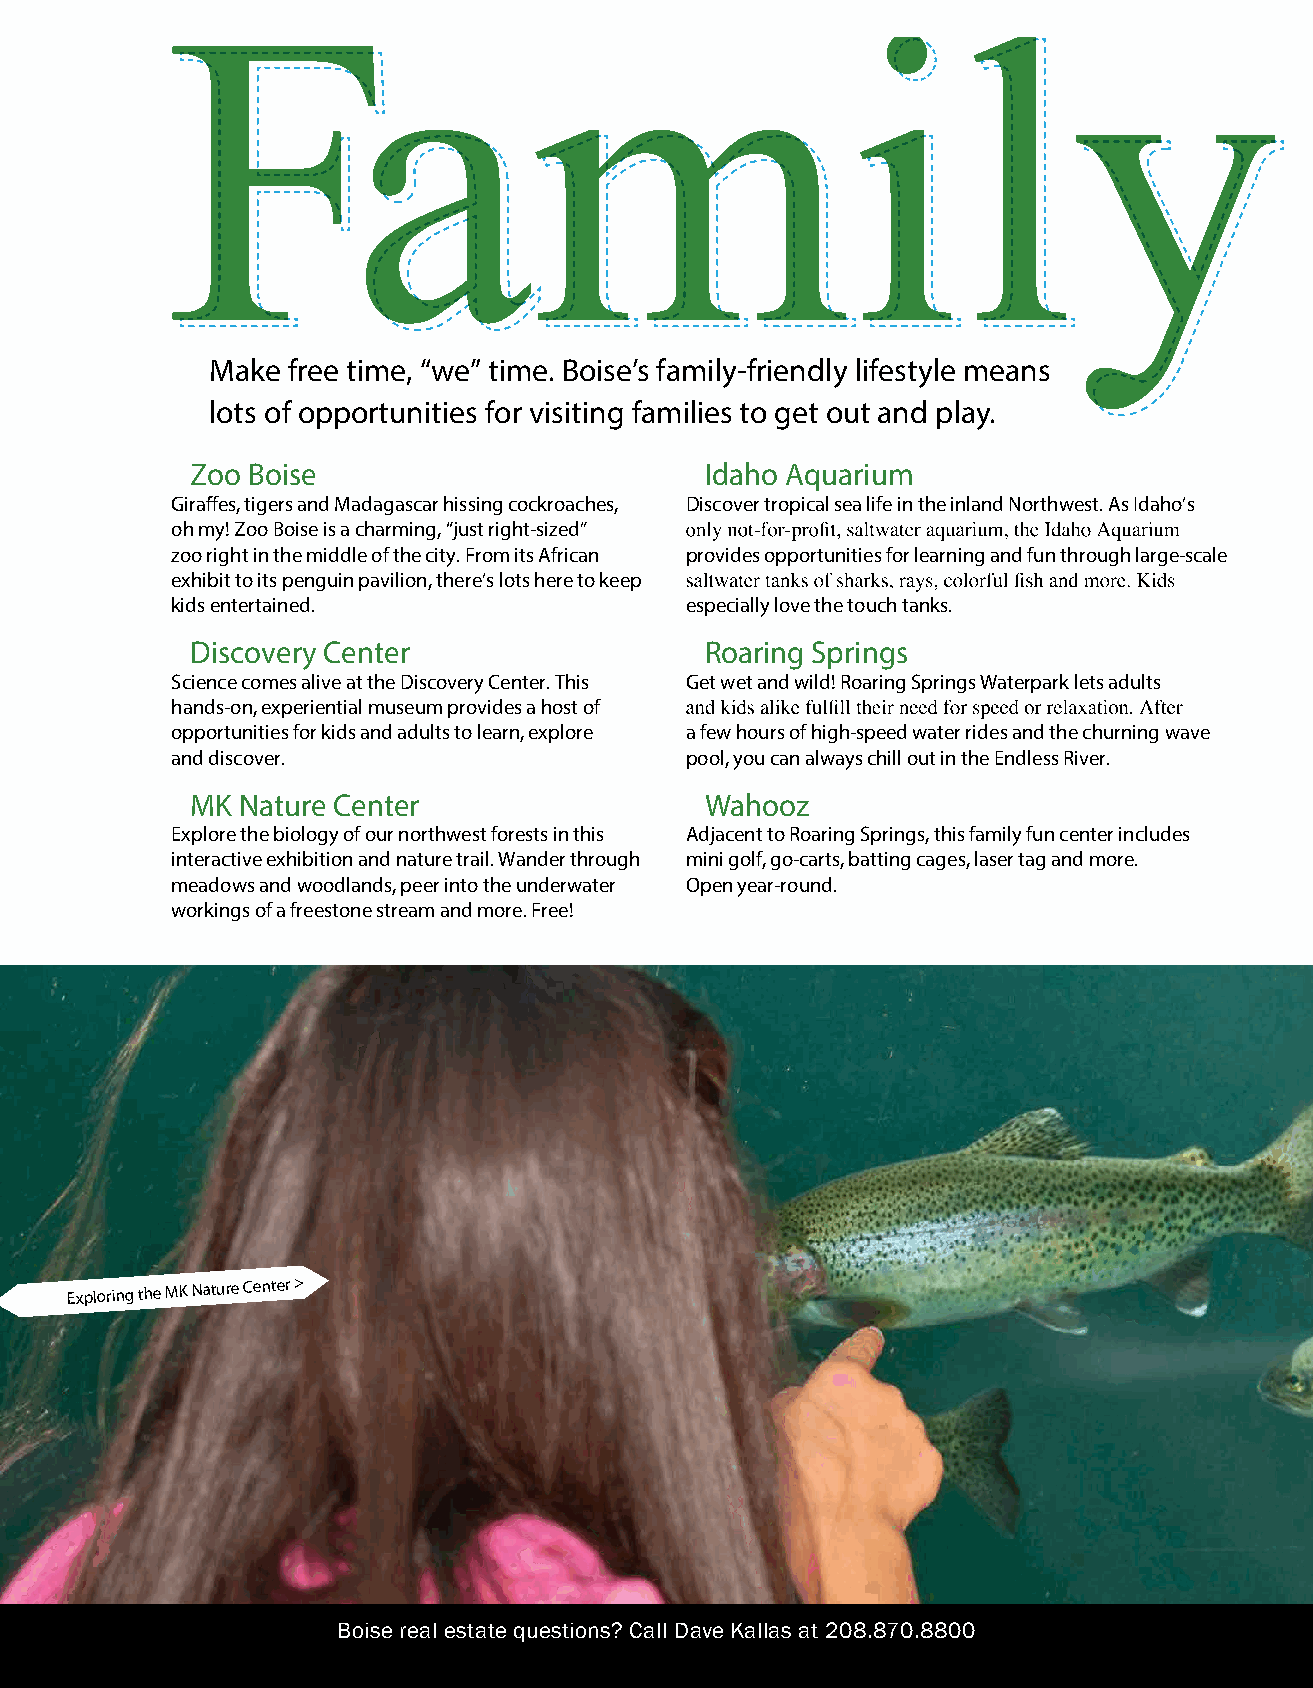
Make free time, “we” time. Boise’s family-friendly lifestyle means
 lots of opportunities for visiting families to get out and play.
 Zoo Boise                         Idaho Aquarium
 Giraffes, tigers and Madagascar hissing cockroaches, Discover tropical sea life in the inland Northwest. As Idaho’s
 oh my! Zoo Boise is a charming, “just right-sized”
 zoo right in the middle of the city. From its African provides opportunities for learning and fun through large-sca le
 exhibit to its penguin pavilion, there’s lots here to keep
 kids entertained.                 especially love the touch tanks.
 Discovery Center                  Roaring Springs
 Science comes alive at the Discovery Center. This Get wet and wild! Roaring Springs Waterpark lets adults
 hands-on, experiential museum provides a host of
 opportunities for kids and adults to learn, explore a few hours of high-speed water rides and the churning wave
 and discover.                     pool, you can always chill out in the Endless River.
 MK Nature Center                  Wahooz
 Explore the biology of our northwest forests in this Adjacent to Roaring Springs, this family fun center includes
 interactive exhibition and nature trail. Wander through mini golf, go-carts, batting cages, laser tag and more.
 meadows and woodlands, peer into the underwater Open year-round.
 workings of a freestone stream and more. Free!
 Exploring the MK Nature Center >
 Boise real estate questions? Call Dave Kallas at 208.870.8800